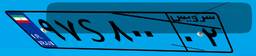
۹۷S۸۰۰۰۲